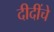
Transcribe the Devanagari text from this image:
दीदींचे